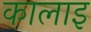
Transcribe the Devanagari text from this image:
कालाइ